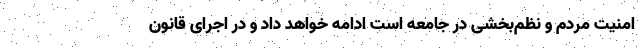
امنیت مردم و نظم‌بخشی در جامعه است ادامه خواهد داد و در اجرای قانون